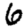
Digit: 6